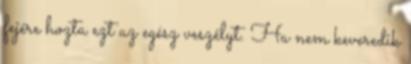
fejére hozta ezt az egész veszélyt. Ha nem keveredik